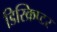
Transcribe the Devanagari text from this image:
डिस्क्रिप्टर